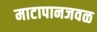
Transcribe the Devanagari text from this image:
माटापानजवळ